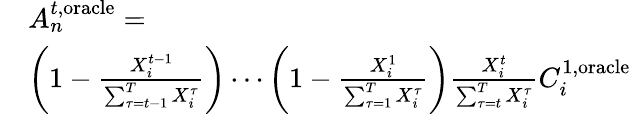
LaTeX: \begin{array}{rl}&{A_{n}^{t,\mathrm{oracle}}=}\\ &{\left(1-\frac{X_{i}^{t-1}}{\sum_{\tau=t-1}^{T}X_{i}^{\tau}}\right)\cdots\left(1-\frac{X_{i}^{1}}{\sum_{\tau=1}^{T}X_{i}^{\tau}}\right)\frac{X_{i}^{t}}{\sum_{\tau=t}^{T}X_{i}^{\tau}}C_{i}^{1,\mathrm{oracle}}}\end{array}